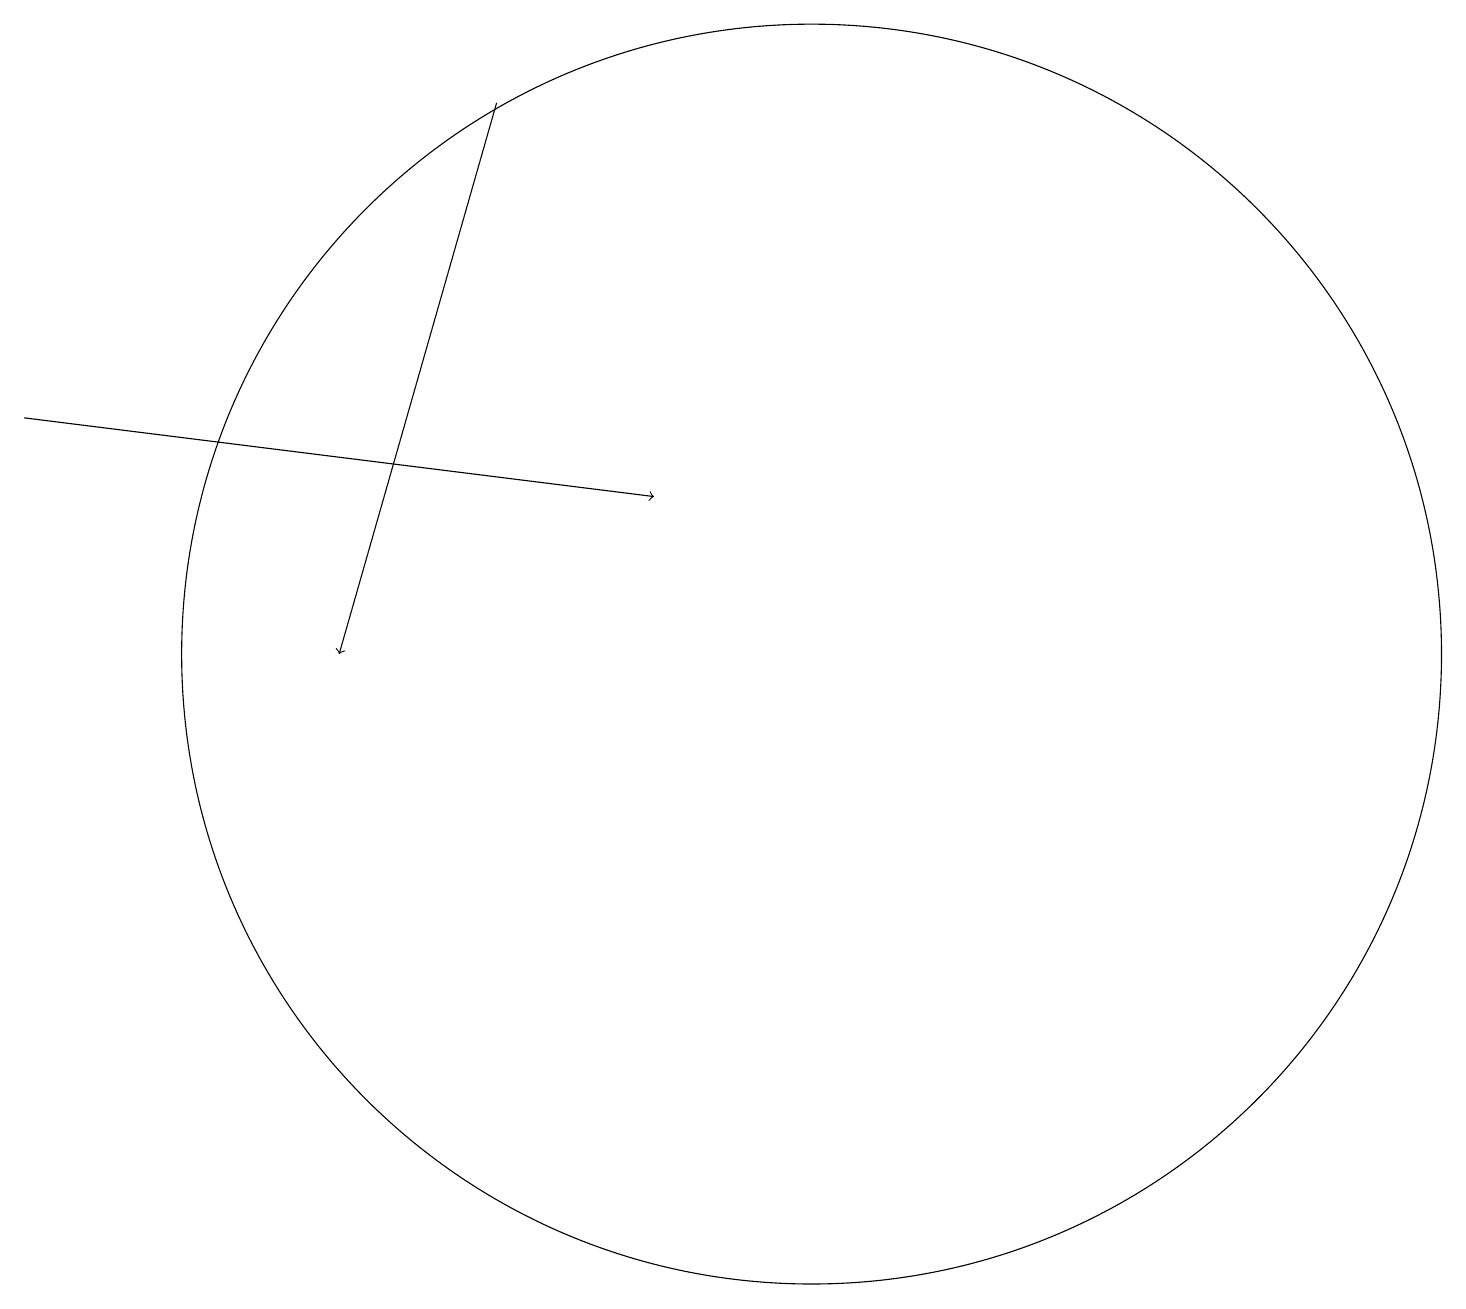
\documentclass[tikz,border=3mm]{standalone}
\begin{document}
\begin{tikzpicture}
\draw (10,11) circle (8);
\draw[->] (0,14) -- (8,13);
\draw[->] (6,18) -- (4,11);
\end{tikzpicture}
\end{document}